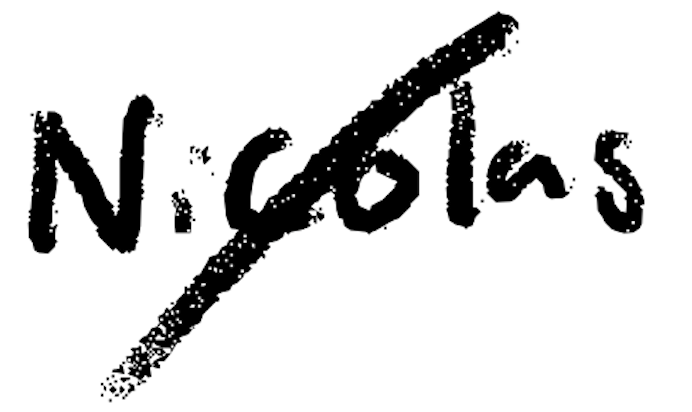
Text: Nicolas
Cross-out: diagonal
Writing tool: digital_black